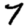
Digit: 7